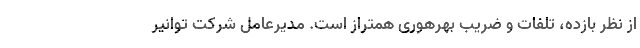
از نظر بازده، تلفات و ضریب بهرهوری همتراز است. مدیرعامل شرکت توانیر